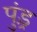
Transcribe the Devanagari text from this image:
पुंड़्र